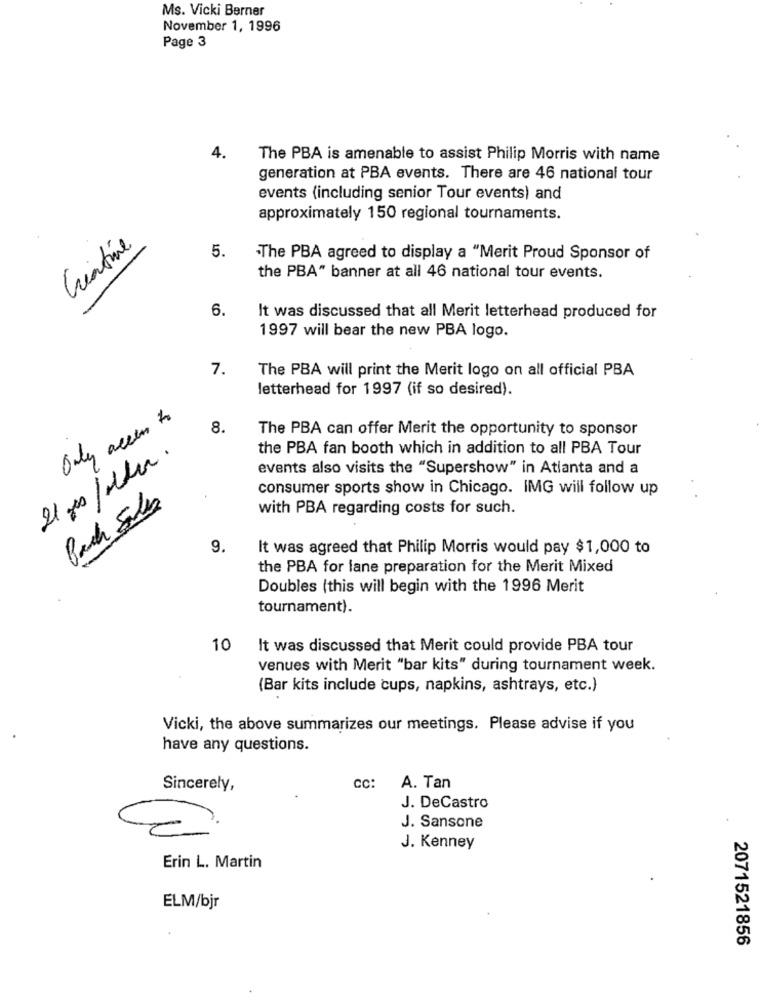
Ms. Vicki Berner
November 1, 1996
Page 3
4.
The PBA is amenable to assist Philip Morris with name
generation at PBA events. There are 46 national tour
events (including senior Tour events) and
approximately 150 regional tournaments.
Créatine
5.
-The PBA agreed to display a "Merit Proud Sponsor of
the PBA" banner at all 46 national tour events.
6.
It was discussed that all Merit letterhead produced for
1997 will bear the new PBA logo.
7.
The PBA will print the Merit logo on all official PBA
letterhead for 1997 (if so desired).
Only access to
8.
The PBA can offer Merit the opportunity to sponsor
the PBA fan booth which in addition to all PBA Tour
21 ges /eller.
events also visits the "Supershow" in Atlanta and a
consumer sports show in Chicago. IMG will follow up
Pach Sales
with PBA regarding costs for such.
9.
It was agreed that Philip Morris would pay $1,000 to
the PBA for lane preparation for the Merit Mixed
Doubles (this will begin with the 1996 Merit
tournament).
10
It was discussed that Merit could provide PBA tour
venues with Merit "bar kits" during tournament week.
(Bar kits include cups, napkins, ashtrays, etc.)
Vicki, the above summarizes our meetings. Please advise if you
have any questions.
Sincerely,
CC:
A. Tan
J. DeCastro
J. Sansone
J. Kenney
Erin L. Martin
ELM/bjr
2071521856